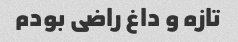
تازه و داغ راضی بودم